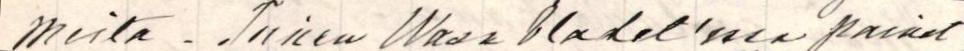
mista. Toinen Wasa Bladet'essa painet